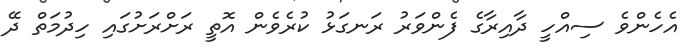
އެހެންވެ ސިއްހީ ދާއިރާގެ ފެންވަރު ރަނގަޅު ކުރެވެން އޮތީ ރަށްރަށުގައި ހިދުމަތް ދޭ